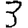
Digit: 3